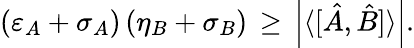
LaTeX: (\varepsilon_{A}+\sigma_{A})\, (\eta_{B}+\sigma_{B})\, \geq\, \left|\langle[{\hat{A}},{\hat{B}}]\rangle\right|.